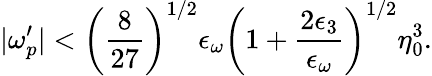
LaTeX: |\omega_{p}^{\prime}|<\left(\frac{8}{27}\right)^{1/2}\epsilon_{\omega}\left(1+\frac{2\epsilon_{3}}{\epsilon_{\omega}}\right)^{1/2}\eta_{0}^{3}.